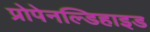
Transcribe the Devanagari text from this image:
प्रोपेनल्डिहाइड